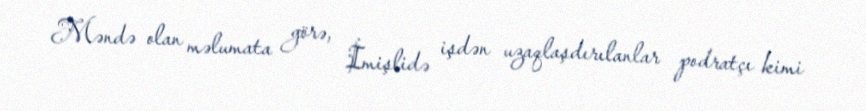
Məndə olan məlumata görə, İmişlidə işdən uzaqlaşdırılanlar podratçı kimi